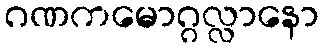
ဂဏကမောဂ္ဂလ္လာနော